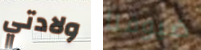
ولادتي ضيوفنا